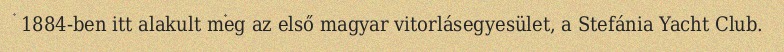
1884-ben itt alakult meg az első magyar vitorlásegyesület, a Stefánia Yacht Club.